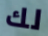
لك